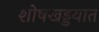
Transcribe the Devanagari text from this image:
शोषखड्डयात